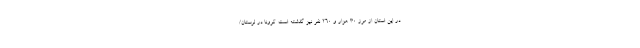
در این استان از مرز 30 هزار و 260 نفر نیز گذشته است. کرونا در لرستان/